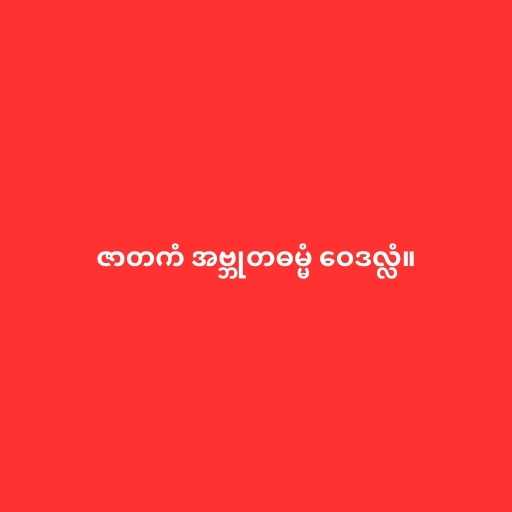
ဇာတကံ အဗ္ဘုတဓမ္မံ ဝေဒလ္လံ။